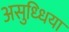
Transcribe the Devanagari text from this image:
असुध्धिया